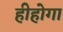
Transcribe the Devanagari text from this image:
हीहोगा